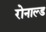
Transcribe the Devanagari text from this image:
रोनाल्‍ड